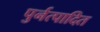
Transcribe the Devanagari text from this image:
पुर्नत्पादित